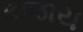
કજાય